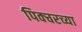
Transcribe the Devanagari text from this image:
पिक्चरच्या